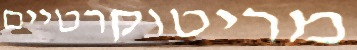
מריטוקרטיים